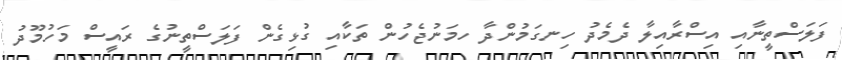
ފަލަސްތީނާއި އިސްރާއިލާ ދެމެދު ހިނގަމުންދާ ހމަނުޖެހުން ތަކާއި ގުޅިގެން ފަލަސްތީނުގެ ރައީސް މަހުމޫދު